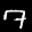
Digit: 7